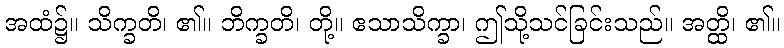
အထံ၌။ သိက္ခတိ၊ ၏။ ဘိက္ခတိ၊ တို့။ ဧသာသိက္ခာ၊ ဤသို့သင်ခြင်းသည်။ အတ္ထိ၊ ၏။